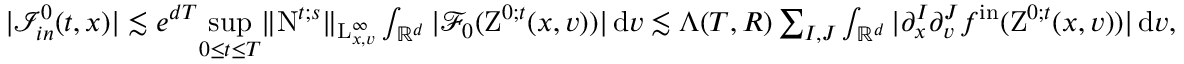
\begin{array} { r } { \vert \mathcal { I } _ { i n } ^ { 0 } ( t , x ) \vert \lesssim e ^ { d T } \underset { 0 \leq t \leq T } { \operatorname* { s u p } } \Vert \mathrm { N } ^ { t ; s } \Vert _ { \mathrm { L } _ { x , v } ^ { \infty } } \int _ { \mathbb R ^ { d } } \vert \mathcal { F } _ { 0 } ( \mathrm { Z } ^ { 0 ; t } ( x , v ) ) \vert \, \mathrm { d } v \lesssim \Lambda ( T , R ) \sum _ { I , J } \int _ { \mathbb R ^ { d } } \vert \partial _ { x } ^ { I } \partial _ { v } ^ { J } f ^ { \mathrm { i n } } ( \mathrm { Z } ^ { 0 ; t } ( x , v ) ) \vert \, \mathrm { d } v , } \end{array}